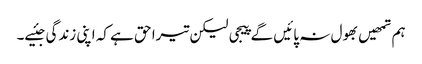
ہم تمھیں بھول نہ پائیں گے پیجی لیکن تیرا حق ہے کہ اپنی زندگی جئیے۔